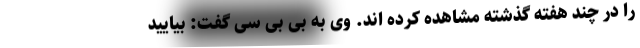
را در چند هفته گذشته مشاهده کرده اند. وی به بی بی سی گفت: بیایید